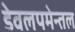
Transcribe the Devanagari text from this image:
डेवलपमेन्तल